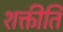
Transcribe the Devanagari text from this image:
शक्तीति